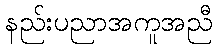
နည်းပညာအကူအညီ